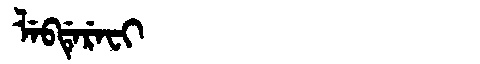
Manchu: ᠯᡝᠪᡩᡝᡵᡝᠸᡳ
Romanization: LEBDEREFI